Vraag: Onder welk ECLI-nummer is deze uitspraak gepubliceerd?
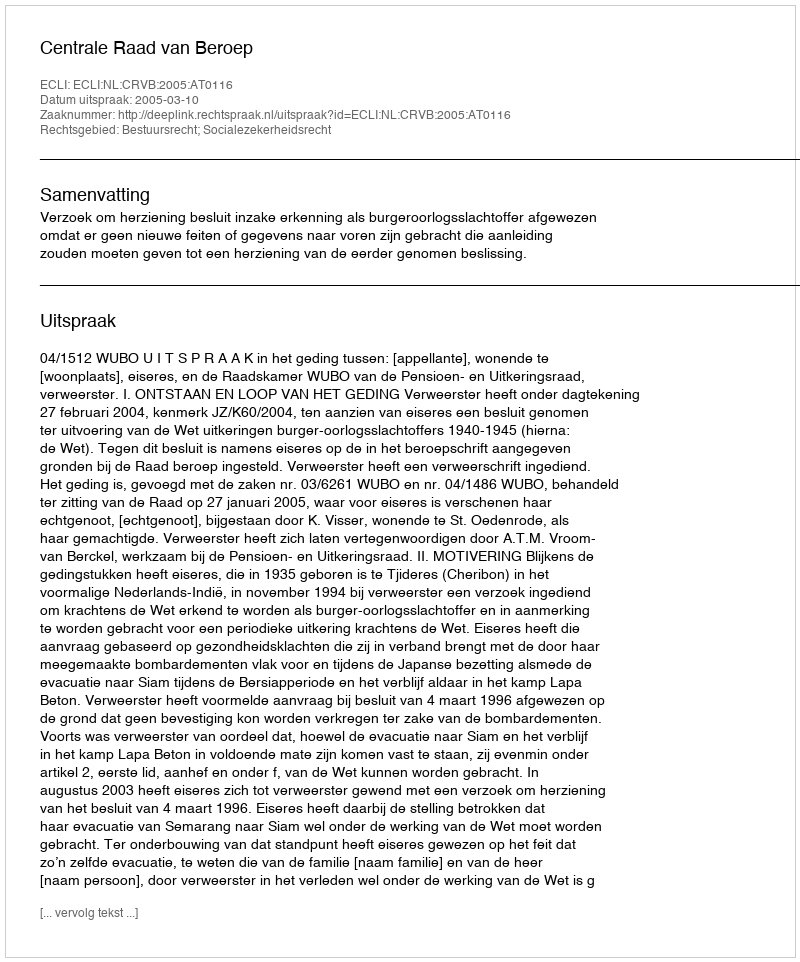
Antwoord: ECLI:NL:CRVB:2005:AT0116